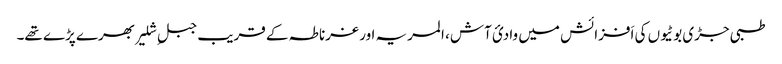
طبی جڑی بوٹیوں کی اَفزائش میں وادیٔ آش، المریہ اور غرناطہ کے قریب جبلِ شلیر بھرے پڑے تھے۔